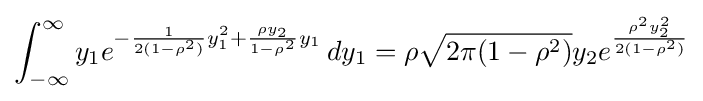
\int _{-\infty }^{\infty }y_{1}e^{-{\frac {1}{2(1-\rho ^{2})}}y_{1}^{2}+{\frac {\rho y_{2}}{1-\rho ^{2}}}y_{1}}\,dy_{1}=\rho {\sqrt {2\pi (1-\rho ^{2})}}y_{2}e^{\frac {\rho ^{2}y_{2}^{2}}{2(1-\rho ^{2})}}